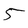
Character: 5